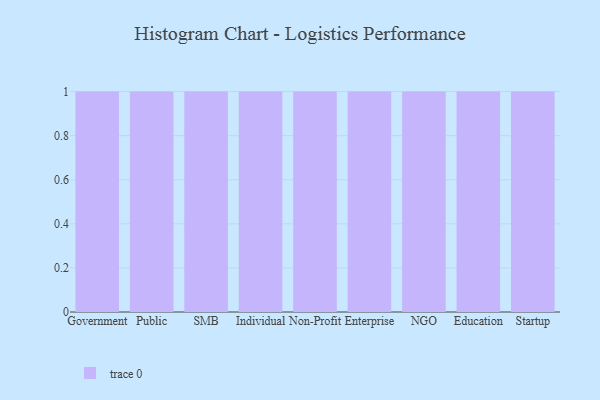
{"axis": {"x": "Segment", "y": "Inventory Turnover"}, "legend": [""], "data": [{"x": "Government", "y": 45, "type": ""}, {"x": "Public", "y": 84, "type": ""}, {"x": "SMB", "y": 67, "type": ""}, {"x": "Individual", "y": 2, "type": ""}, {"x": "Non-Profit", "y": 74, "type": ""}, {"x": "Enterprise", "y": 12, "type": ""}, {"x": "NGO", "y": 7, "type": ""}, {"x": "Education", "y": 33, "type": ""}, {"x": "Startup", "y": 87, "type": ""}]}